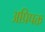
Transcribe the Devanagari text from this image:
अप्रिपक्त